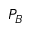
P _ { B }